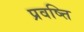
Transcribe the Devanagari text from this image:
प्रवष्त्ति